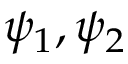
\psi _ { 1 } , \psi _ { 2 } \,